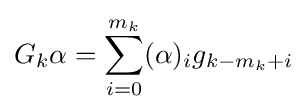
G_{k}\alpha =\sum _{i=0}^{m_{k}}(\alpha )_{i}g_{k-m_{k}+i}